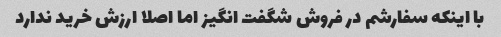
با اینکه سفارشم در فروش شگفت انگیز اما اصلا ارزش خرید ندارد